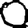
Digit: 0